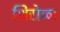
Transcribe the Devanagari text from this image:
शिरोळा